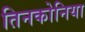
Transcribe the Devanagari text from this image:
तिनकोनिया